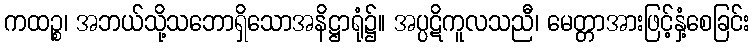
ကထဉ္စ၊ အဘယ်သို့သဘောရှိသောအနိဋ္ဌာရုံ၌။ အပ္ပဋိကူလသညီ၊ မေတ္တာအားဖြင့်နှံ့စေခြင်း